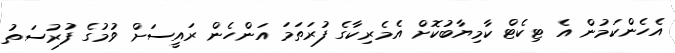
އެހެންކަމުން އެ ޓިކެޓް ކާމިޔާބުކޮށް އެމެރިކާގެ ފުރަތަމަ އަންހެން ރައީސަށް ވުމުގެ ފުރުސަތު